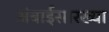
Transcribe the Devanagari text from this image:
अंबाईसारख्या